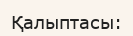
Қалыптасы: